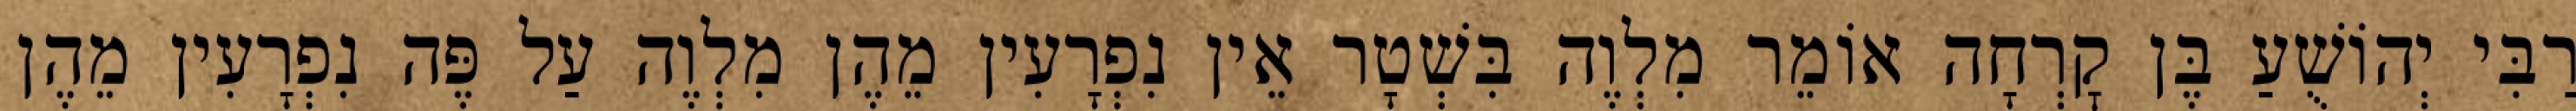
רַבִּי יְהוֹשֻׁעַ בֶּן קׇרְחָה אוֹמֵר מִלְוֶה בִּשְׁטָר אֵין נִפְרָעִין מֵהֶן מִלְוֶה עַל פֶּה נִפְרָעִין מֵהֶן